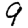
Digit: 9